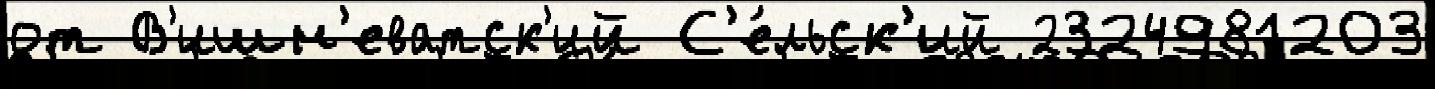
от В'ишн'еватск'ий С'е́льск'ий 2324981203